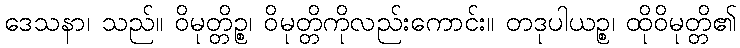
ဒေသနာ၊ သည်။ ဝိမုတ္တိဉ္စ၊ ဝိမုတ္တိကိုလည်းကောင်း။ တဒုပါယဉ္စ၊ ထိုဝိမုတ္တိ၏